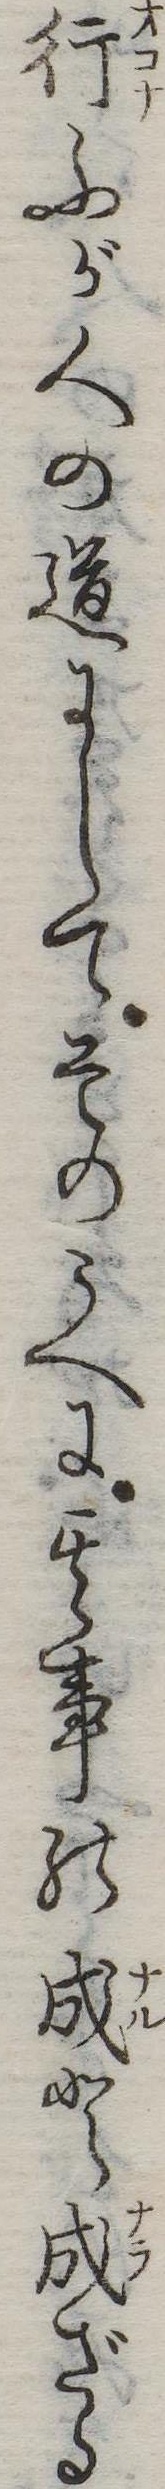
行ふが人の道にしてそのうへに其事の成と成ざる